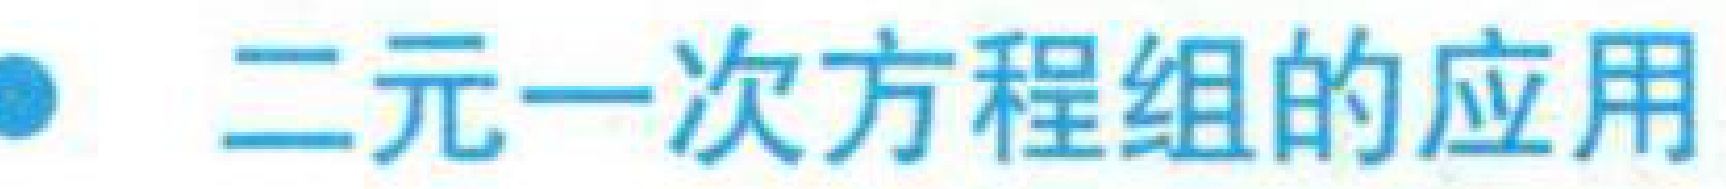
二元一次方程组的应用